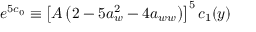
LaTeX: e ^ { 5 c _ { 0 } } \equiv \left[ A \left( 2 - 5 a _ { w } ^ { 2 } - 4 a _ { w w } \right) \right] ^ { 5 } c _ { 1 } ( y )